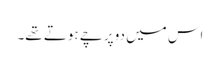
اس میں دو پرچے ہوتے تھے۔